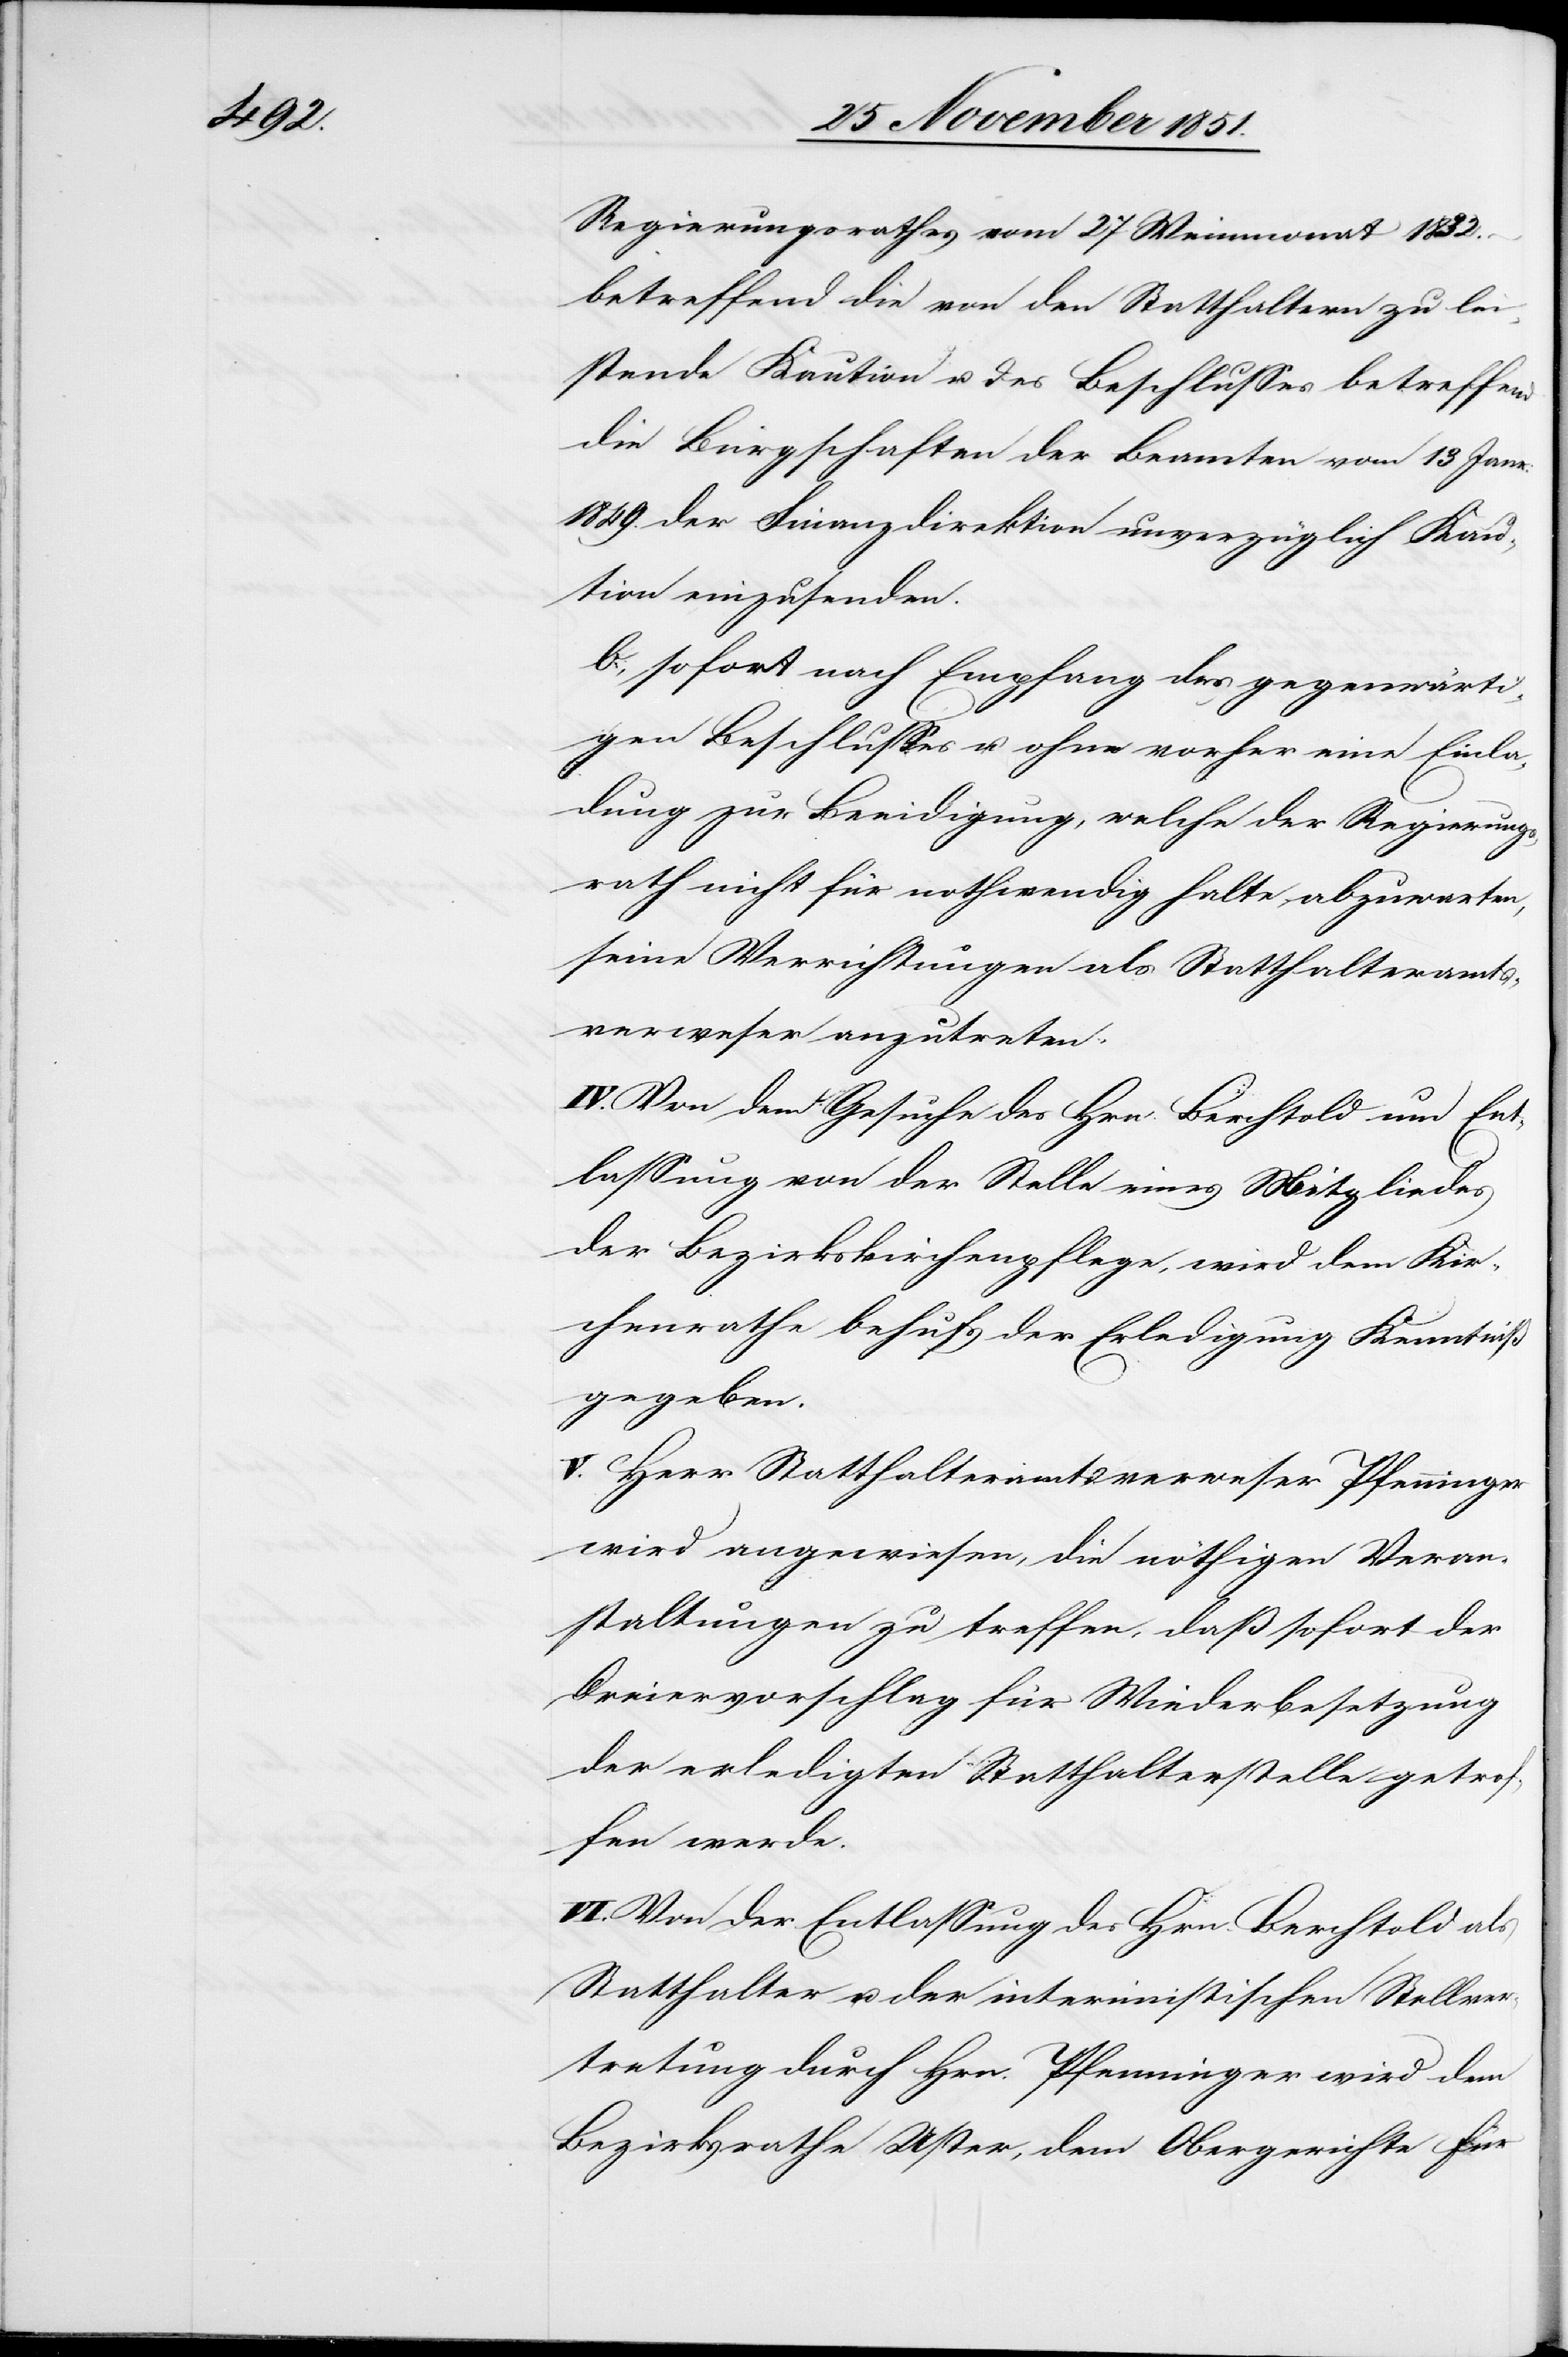
Regierungsrathes vom 27 Weinmonat 1832.
betreffend die von den Statthaltern zu lei¬
stende Kaution u. des Beschlusses betreffend
die Bürgschaften der Beamten vom 13 Janr:
1849. der Finanzdirektion unverzüglich Kau¬
tion einzusenden.
b., sofort nach Empfang des gegenwärti¬
gen Beschlusses u. ohne vorher eine Einla¬
dung zur Beeidigung, welche der Regierungs¬
rath nicht für nothwendig halte abzuwarten,
seine Verrichtungen als Statthalteramts¬
verweser anzutreten.
IV. Von dem Gesuche des Hrn. Berchtold um Ent¬
lassung von der Stelle eines Mitgliedes
der Bezirkskirchenpflege, wird dem Kir¬
chenrathe behufs der Erledigung Kenntniß
gegeben.
V. Herr Statthalteramtsverweser Pfenninger
wird angewiesen, die nöthigen Veran¬
staltungen zu treffen, daß sofort der
Dreiervorschlag für Wiederbesetzung
der erledigten Statthalterstelle getrof¬
fen werde.
VI. Von der Entlassung des Hrn. Berchtold als
Statthalter u. der interimistischen Stellver¬
tretung durch Hrn. Pfenninger wird dem
Bezirksrathe Uster, dem Obergerichte für